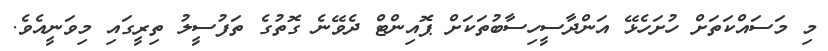
މި މަސައްކަތަށް ހުށަހެޅޭ އަންދާސީހިސާބުތަކަށް ޕޮއިންޓް ދެވޭނެ ގޮތުގެ ތަފުސީލު ތިރީގައި މިވަނީއެވެ.